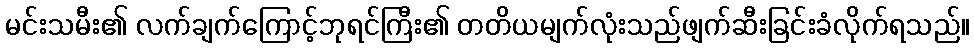
မင်းသမီး၏ လက်ချက်ကြောင့်ဘုရင်ကြီး၏ တတိယမျက်လုံးသည်ဖျက်ဆီးခြင်းခံလိုက်ရသည်။